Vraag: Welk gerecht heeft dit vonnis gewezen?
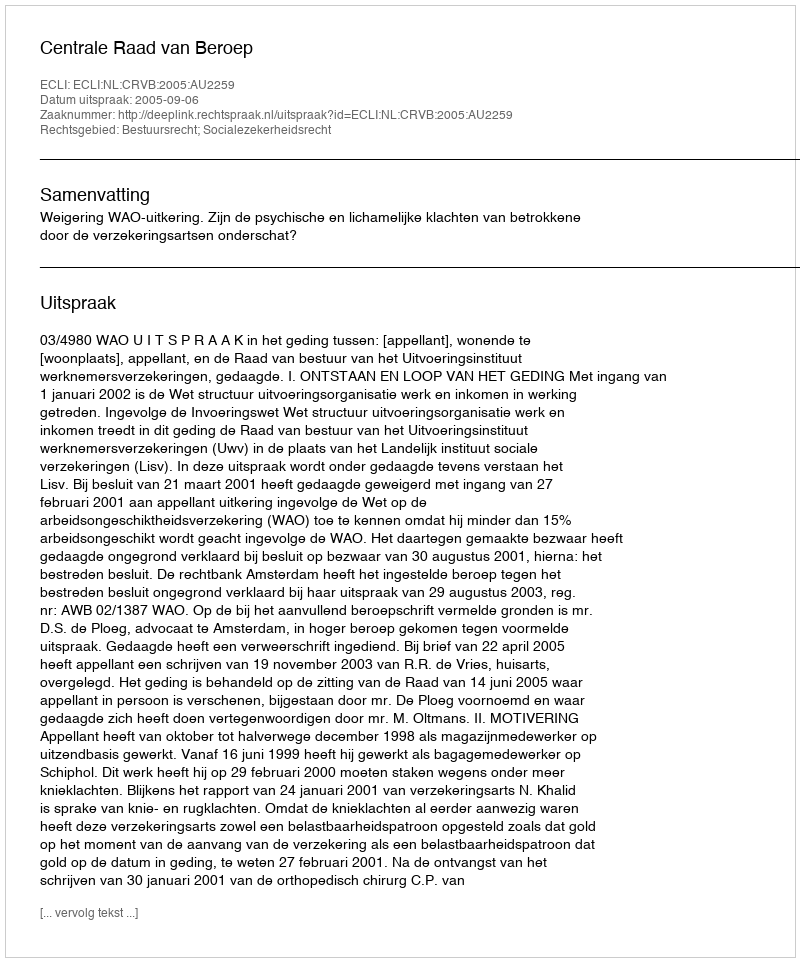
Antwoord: Centrale Raad van Beroep